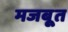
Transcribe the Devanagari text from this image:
मजबूूत